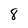
Character: 8